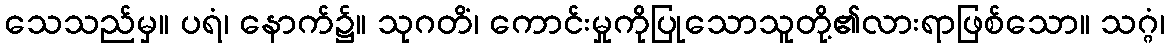
သေသည်မှ။ ပရံ၊ နောက်၌။ သုဂတိံ၊ ကောင်းမှုကိုပြုသောသူတို့၏လားရာဖြစ်သော။ သဂ္ဂံ၊